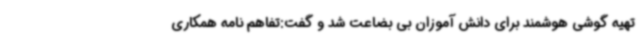
تهیه گوشی هوشمند برای دانش آموزان بی بضاعت شد و گفت:تفاهم نامه همکاری